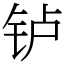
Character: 𬬻